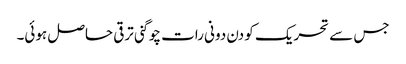
جس سے تحریک کو دن دونی رات چوگنی ترقی حاصل ہوئی۔